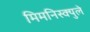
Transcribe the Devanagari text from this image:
मिमनिस्क्युले